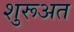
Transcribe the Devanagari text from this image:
शुरूअत